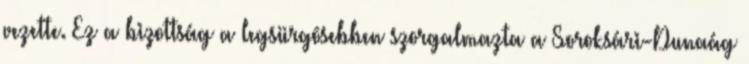
vezette. Ez a bizottság a legsürgõsebben szorgalmazta a Soroksári-Dunaág